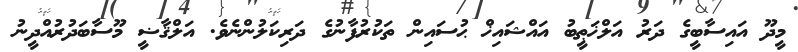
މީދޫ އައިސާބީގެ ދަރު އަލްޚަޠީބު އައްޝައިޚް ޙުސައިން ތަކުރުފާނުގެ ދަރިކަލުންނެވެ. އަލްޤާޟީ މޫސާބަދުރުއްދީނު